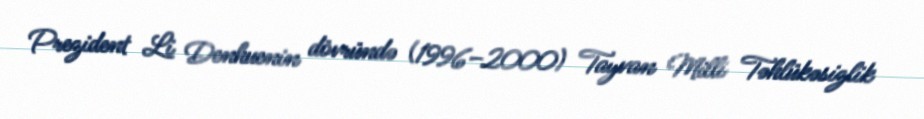
Prezident Li Denhuenin dövründə (1996–2000) Tayvan Milli Təhlükəsizlik